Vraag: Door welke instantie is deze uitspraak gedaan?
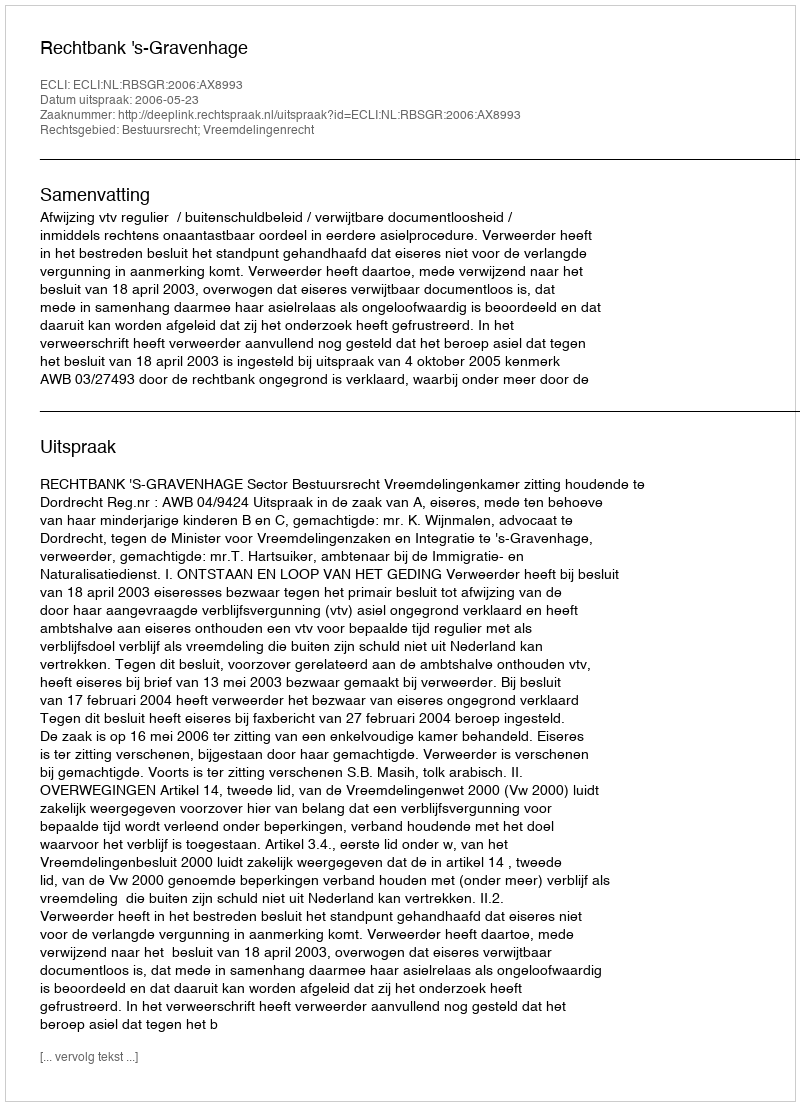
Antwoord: Rechtbank 's-Gravenhage